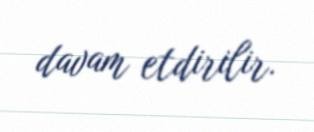
davam etdirilir.